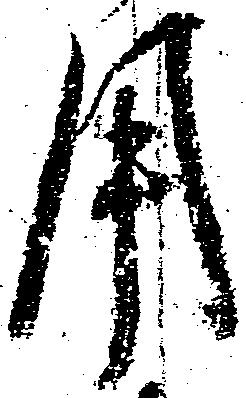
用